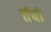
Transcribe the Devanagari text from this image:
तंबो